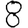
Digit: 8